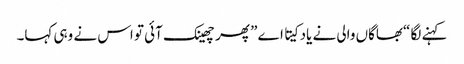
کہنے لگا “بھاگاں والی نے یاد کیتا اے” پھر چھینک آئی تو اس نے وہی کہا۔